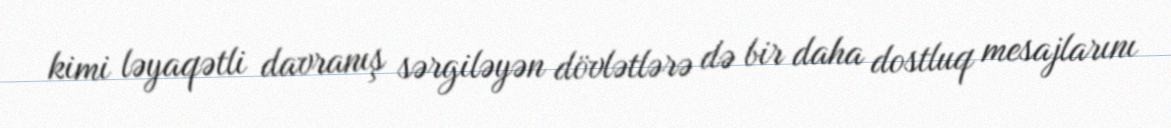
kimi ləyaqətli davranış sərgiləyən dövlətlərə də bir daha dostluq mesajlarını